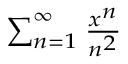
\scriptstyle \sum _ { n = 1 } ^ { \infty } { \frac { x ^ { n } } { n ^ { 2 } } }